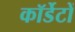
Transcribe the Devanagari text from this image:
कॉर्डेटों